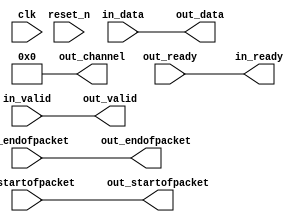
// --------------------------------------------------------------------------------
//| Avalon Streaming Channel Adapter
// --------------------------------------------------------------------------------

`timescale 1ns / 100ps
module jtag_to_ava_master_bridge_p2b_adapter (
    
      // Interface: clk
      input              clk,
      // Interface: reset
      input              reset_n,
      // Interface: in
      output reg         in_ready,
      input              in_valid,
      input      [ 7: 0] in_data,
      input              in_startofpacket,
      input              in_endofpacket,
      // Interface: out
      input              out_ready,
      output reg         out_valid,
      output reg [ 7: 0] out_data,
      output reg         out_startofpacket,
      output reg         out_endofpacket,
      output reg [ 7: 0] out_channel
);


   reg          in_channel = 0;

   // ---------------------------------------------------------------------
   //| Payload Mapping
   // ---------------------------------------------------------------------
   always @* begin
      in_ready = out_ready;
      out_valid = in_valid;
      out_data = in_data;
      out_startofpacket = in_startofpacket;
      out_endofpacket = in_endofpacket;

      out_channel = 0;
      out_channel        = in_channel;
   end

endmodule